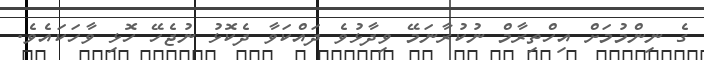
ގެ ނިންމުމަށް އިހްތިރާމް ނުކުރާނަމޭ ވިދާޅުވެ ދައްކަވާ ދެކޮޅު ނުޖެހޭ ހޮޅި ވާހަކައެވެ.